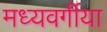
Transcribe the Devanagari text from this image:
मध्यवर्गीया